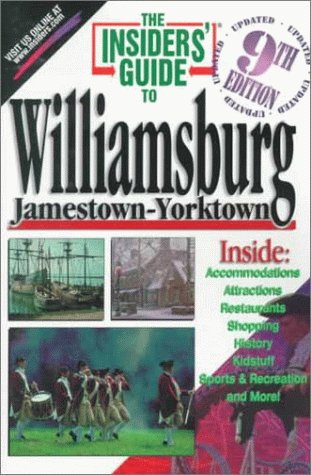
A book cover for The Insiders' Guide to Williamsburg: Jamestown-Yorktown; Cheryl J.; Bruno, Susan; Cease, Cheryl Cease; Travel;